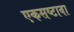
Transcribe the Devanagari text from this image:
एकसष्टावा